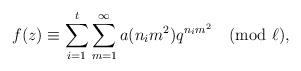
LaTeX: \begin{align*} f(z)\equiv \sum_{i=1}^{t} \sum_{m=1}^{\infty} a(n_im^2)q^{n_im^2} \pmod{\ell},\end{align*}